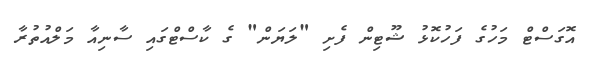
އޮގަސްޓް މަހުގެ ފަހުކޮޅު ޝޫޓިން ފެށި "ލަޔަން" ގެ ކާސްޓްގައި ސާނިއާ މަލްއުތުރާ